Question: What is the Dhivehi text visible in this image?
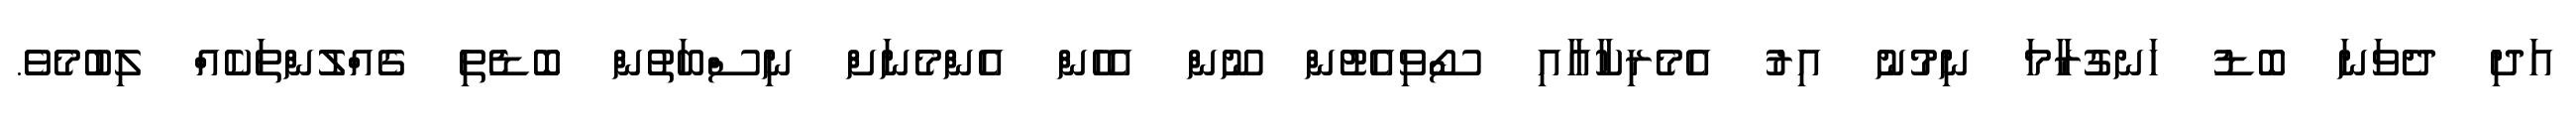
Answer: އަދި ދެވަނަ ބޮޑު ހަނގުރާމަ ނިމުނު އިރު އެމެރިކާއާއި ސޯވިއެޓުން ނޫން އެހެން އެންމެނަށް ނިސްބަތުން ބޮޑެތި ގެއްލުންތަކެއް ލިބުމެވެ.